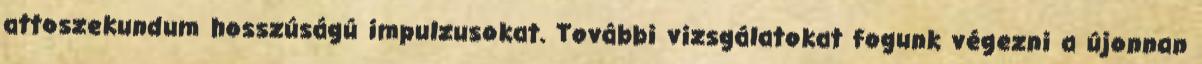
attoszekundum hosszúságú impulzusokat. További vizsgálatokat fogunk végezni a újonnan